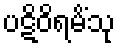
ပဋိဝိရမိံသု